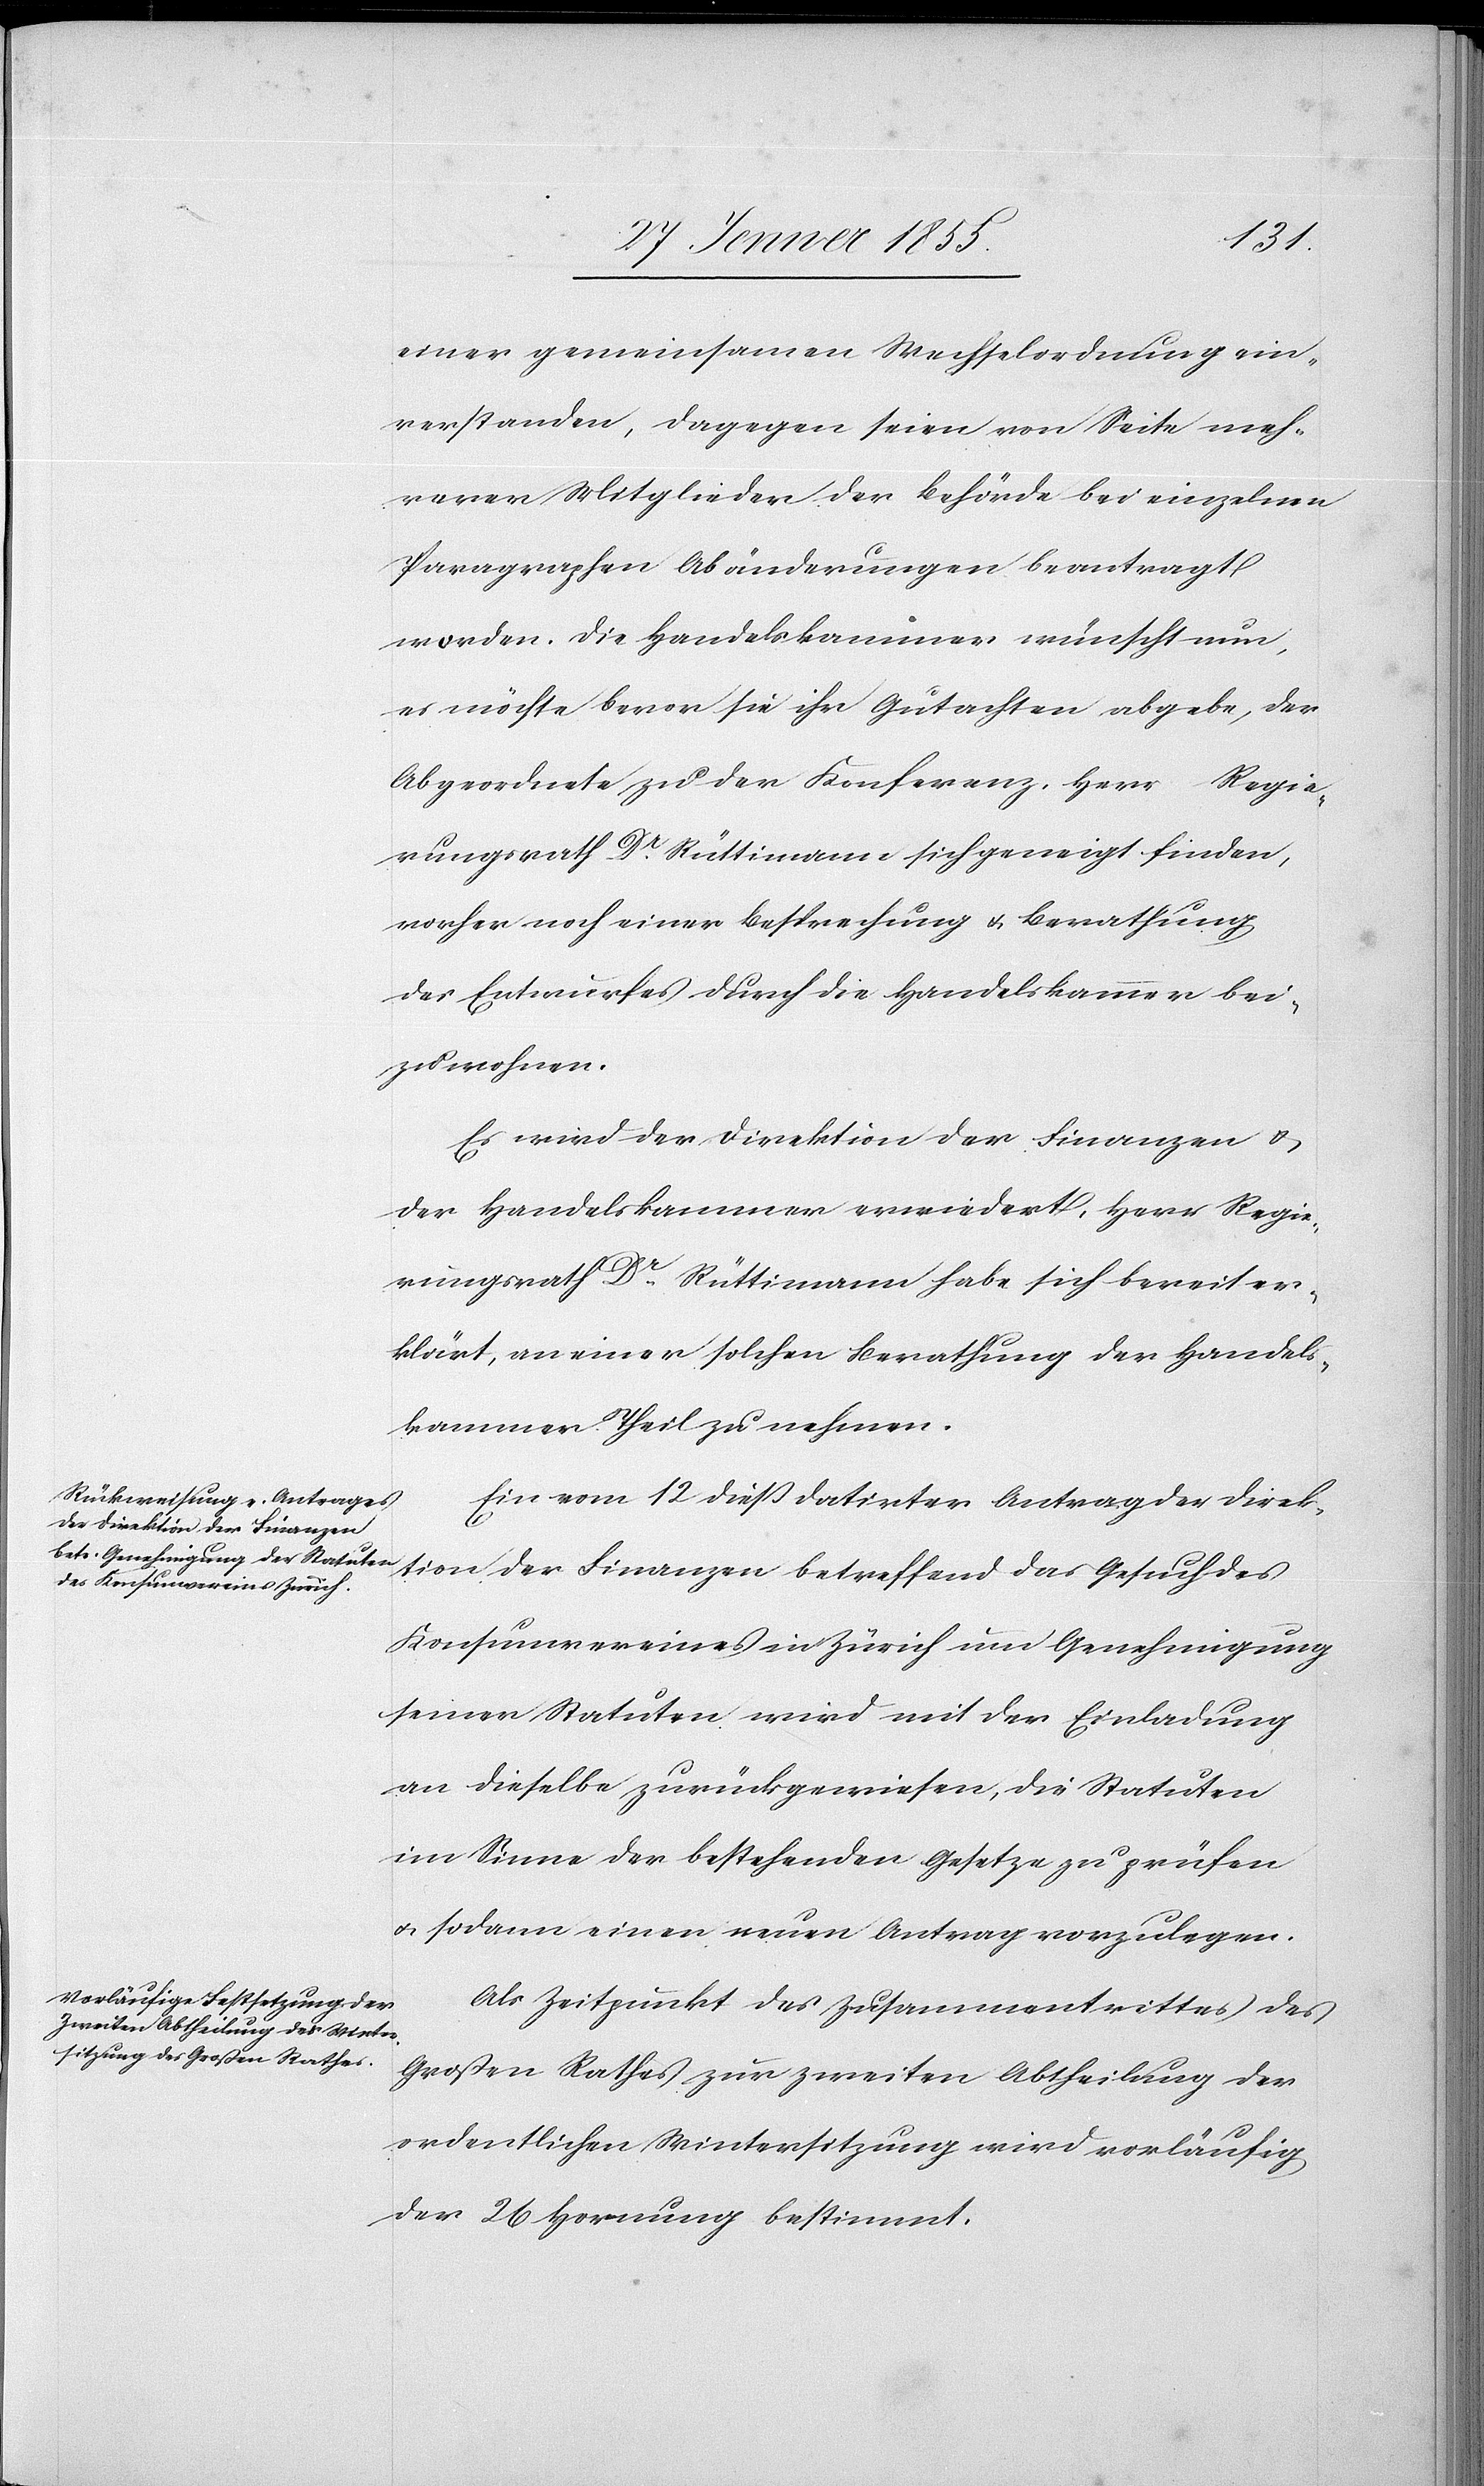
einer gemeinsamen Wechselordnung ein¬
verstanden, dagegen seien von Seite meh¬
rerer Mitglieder der Behörde bei einzelnen
Paragraphen Abänderungen beantragt
worden. Die Handelskammer wünscht nun,
es möchte bevor sie ihr Gutachten abgebe, der
Abgeordnete zu der Konferenz, Herr Regie¬
rungsrath Dr. Rüttimann sich geneigt finden,
vorher noch einer Besprechung & Berathung
des Entwurfes durch die Handelskammer bei¬
zuwohnen.
Es wird der Direktion der Finanzen &
der Handelskammer erwiedert, Herr Regie¬
rungsrath Dr. Rüttimann habe sich bereit er¬
klärt, an einer solchen Berathung der Handels¬
kammer Theil zu nehmen.
Ein vom 12 dieß datirter Antrag der Direk¬
tion der Finanzen betreffend das Gesuch des
Konsumvereines in Zürich um Genehmigung
seiner Statuten wird mit der Einladung
an dieselbe zurückgewiesen, die Statuten
im Sinne der bestehenden Gesetze zu prüfen
& sodann einen neuen Antrag vorzulegen.
Als Zeitpunkt des Zusammentrittes des
Großen Rathes zur zweiten Abtheilung der
ordentlichen Wintersitzung wird vorläufig
der 26 Hornung bestimmt.